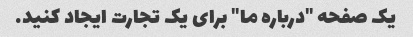
یک صفحه "درباره ما" برای یک تجارت ایجاد کنید.